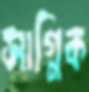
সাগ্নিক